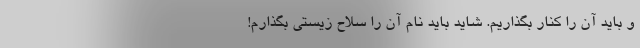
و باید آن را کنار بگذاریم. شاید باید نام آن را سلاح زیستی بگذارم!